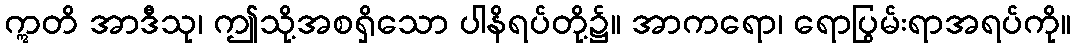
ဣတိ အာဒီသု၊ ဤသို့အစရှိသော ပါနိရပ်တို့၌။ အာကရော၊ ရောပြွမ်းရာအရပ်ကို။